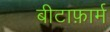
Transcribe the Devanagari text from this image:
बीटाफ़ार्म